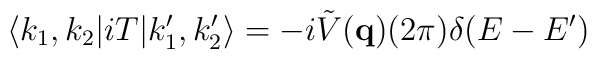
\langle k_1,k_2 | i T | k_1', k_2' \rangle = -i\tilde {V}({\bf q})(2\pi)\delta(E - E')